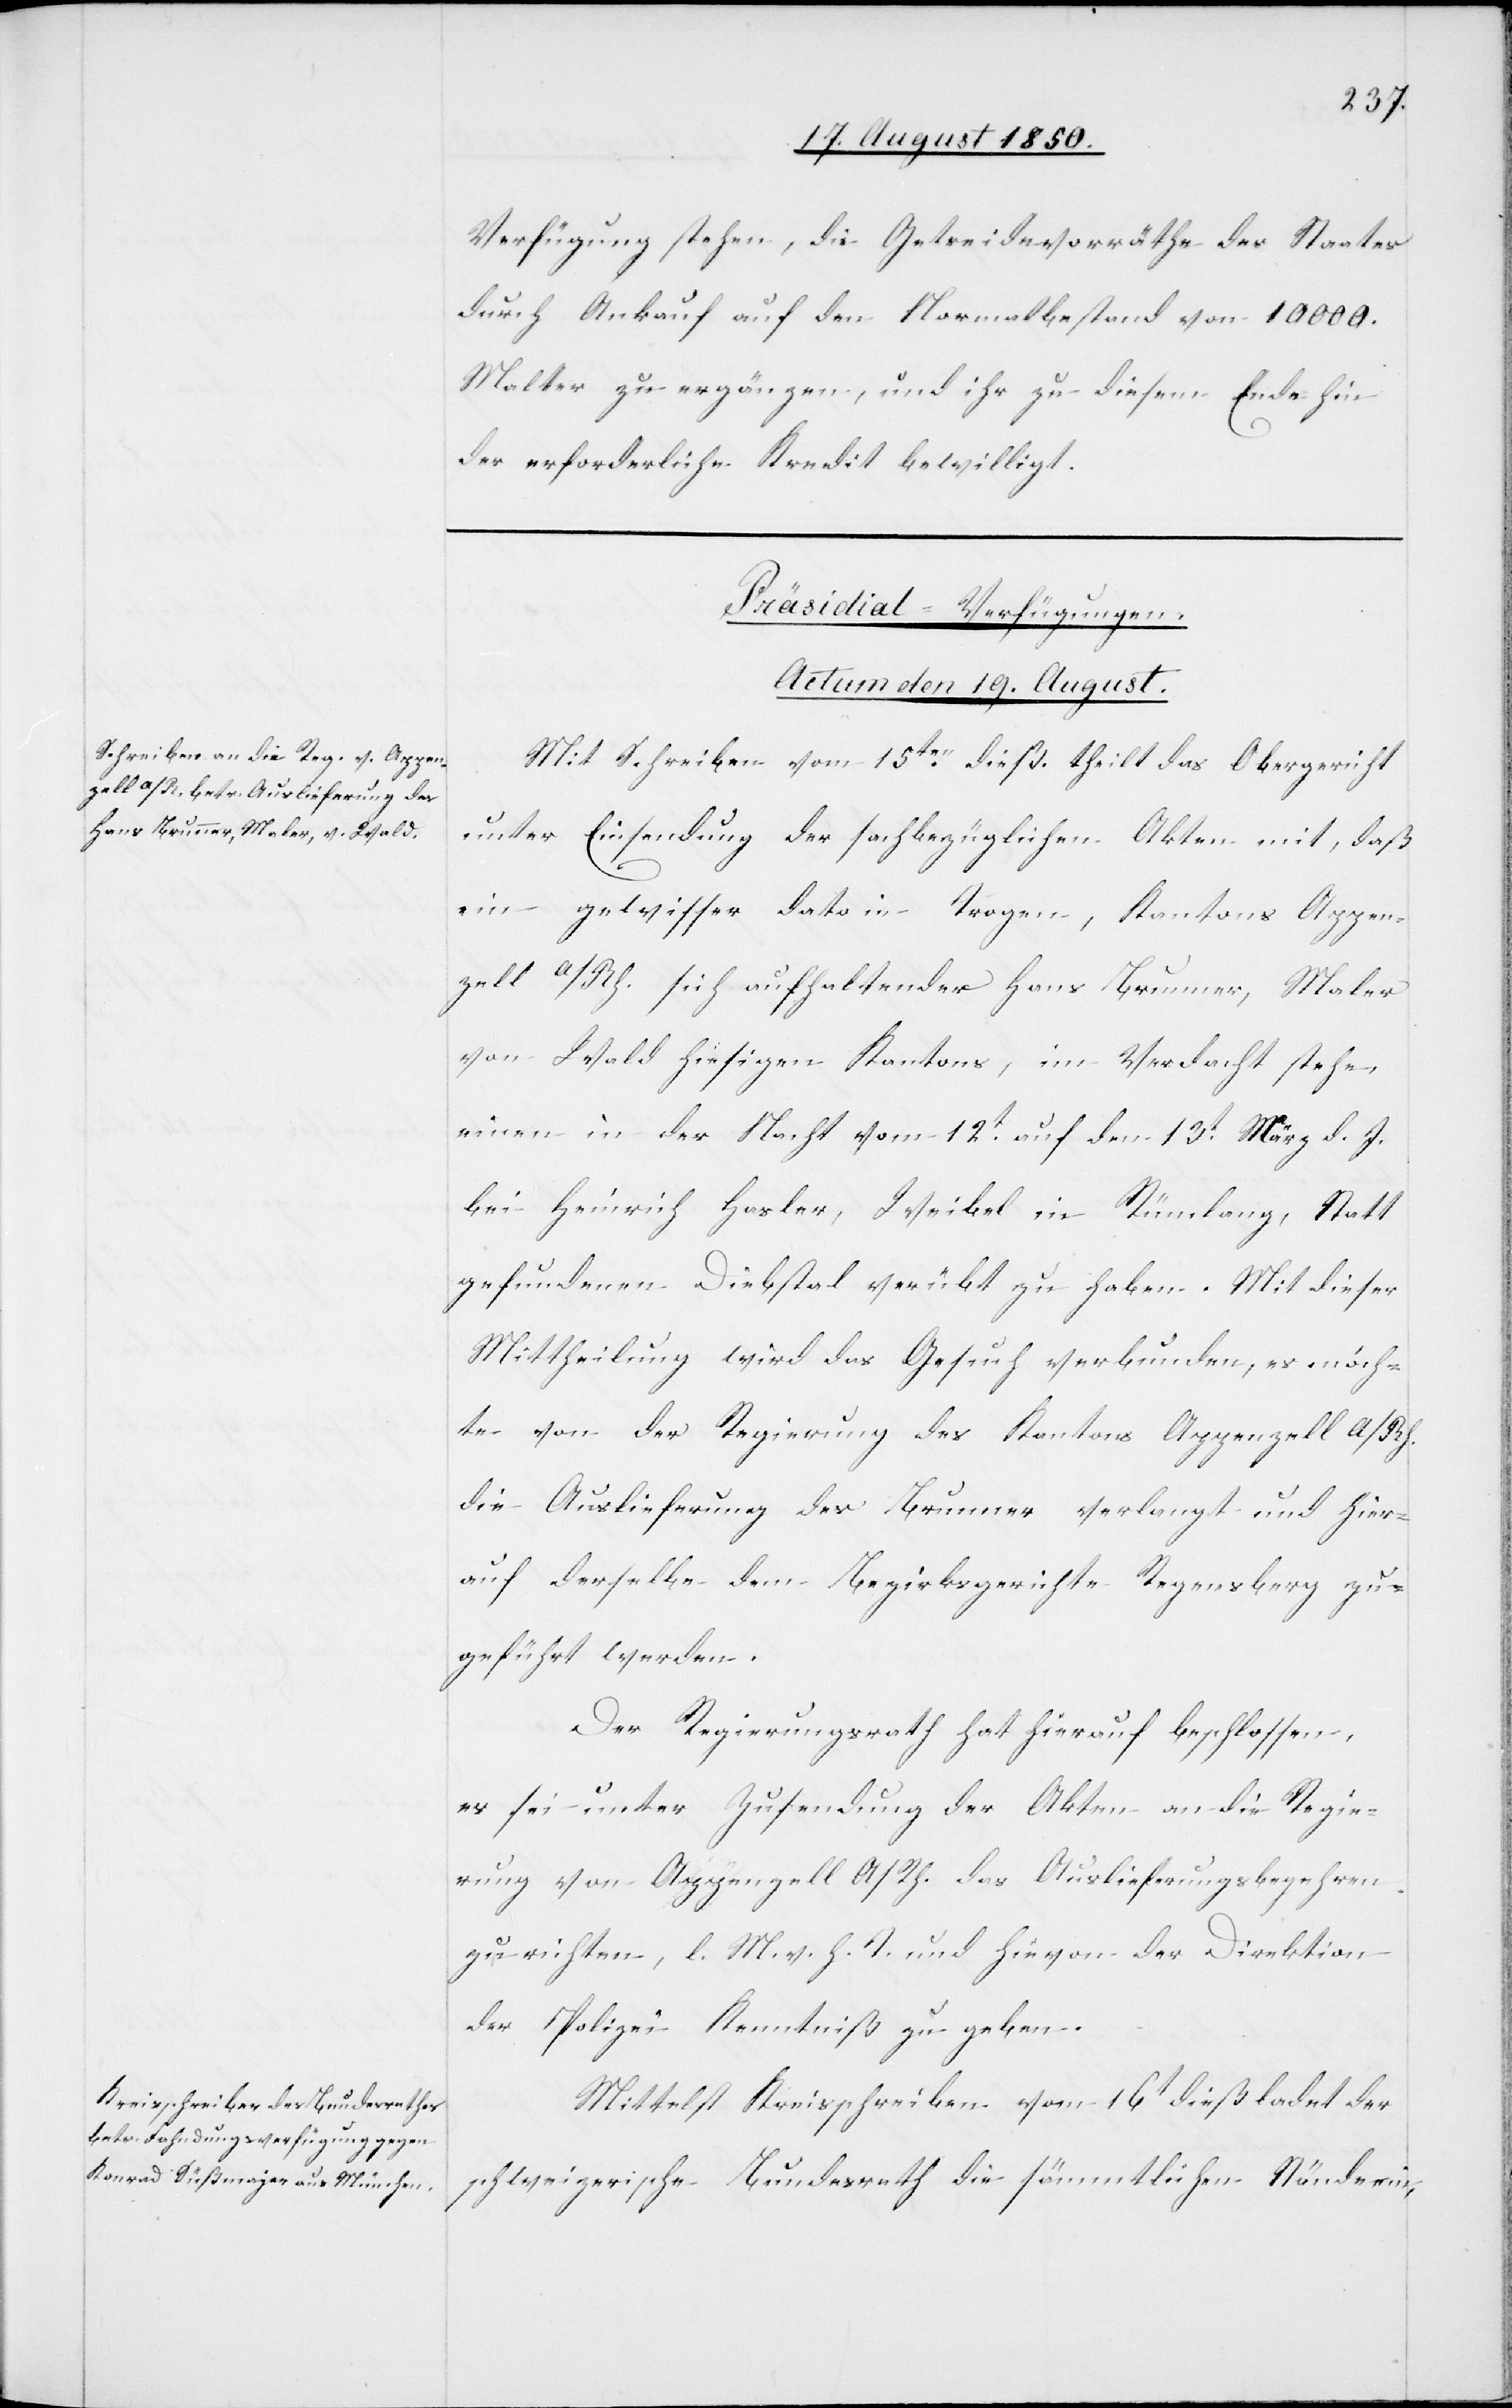
Verfügung stehen, die Getreidevorräthe des Staates
durch Ankauf auf den Normalbestand von 10 000.
Malter zu ergänzen, und ihr zu diesem Ende hin
der erforderliche Kredit bewilligt.
[Präsidial-Verfügungen.
Actum den 19. August.]
Mit Schreiben vom 15ten dieß. theilt das Obergericht
unter Einsendung der sachbezüglichen Akten mit, daß
ein gewisser dato in Trogen, Kantons Appen¬
zell A/Rh. sich aufhaltender Hans Brunner, Maler
von Wald hiesigen Kantons, im Verdacht stehe,
einen in der Nacht vom 12t auf den 13t März d. J.
bei Heinrich Hasler, Weibel in Rümlang, Statt
gefundenen Diebstal verübt zu haben. Mit dieser
Mittheilung wird das Gesuch verbunden, es möch¬
te von der Regierung des Kantons Appenzell A/Rh.
die Auslieferung des Brunner verlangt und hier¬
auf derselbe dem Bezirksgerichte Regensberg zu¬
geführt werden.
Der Regierungsrath hat hierauf beschlossen,
es sei unter Zusendung der Akten an die Regie¬
rung von Appenzell A/Rh. das Auslieferungsbegehren
zur richten, l. M. v. h. T. und hievon der Direktion
der Polizei Kenntniß zu geben.
Mittelst Kreisschreiben vom 16t dieß ladet der
schweizerische Bundesrath die sämmtlichen Stände ein,